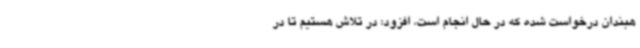
هبندان درخواست شده که در حال انجام است، افزود: در تلاش هستیم تا در